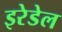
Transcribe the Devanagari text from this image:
इरेडेल